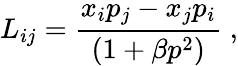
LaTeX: L_{ij}=\frac{x_{i}p_{j}-x_{j}p_{i}}{(1+\beta p^{2})}\; ,